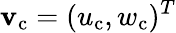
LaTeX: {\mathbf{v}_{\mathrm{c}}}=(u_{\mathrm{c}},w_{\mathrm{c}})^{T}